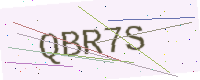
Text: QBR7S